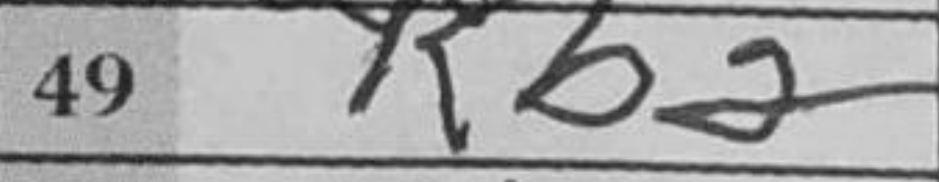
Transcription: Kb2